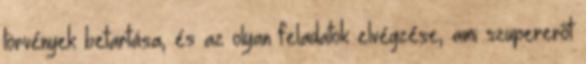
törvények betartása, és az olyan feladatok elvégzése, ami szupererőt